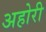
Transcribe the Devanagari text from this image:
अहोरी